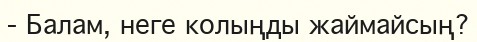
-	Балам, неге колыңды жаймайсың?